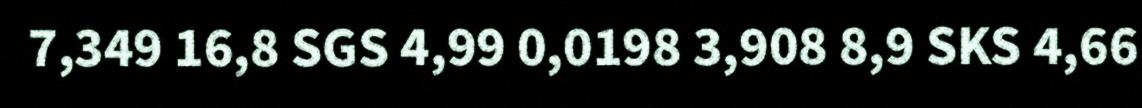
7,349 16,8 SGS 4,99 0,0198 3,908 8,9 SKS 4,66